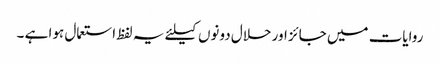
روایات میں جائز اور حلال دونوں کیلئے یہ لفظ استعمال ہوا ہے ۔